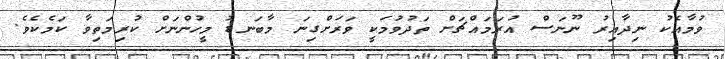
ވުމާއެކު ނިދާއިރު ނޫނަސް އުރަމައްޗަށް ތަދުވުމަކީ ވަރަށްގިނަ މާބަނޑު މީހުންނަށް ކުރިމަތިވާ ކަމެކެވެ.